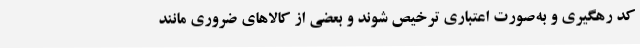
کد رهگیری و به‌صورت اعتباری ترخیص شوند و بعضی از کالاهای ضروری مانند